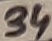
Text: 34